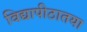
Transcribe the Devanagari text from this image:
विद्यापीठातया